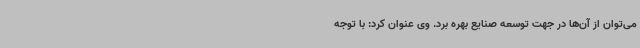
می‌توان از آن‌ها در جهت توسعه صنایع بهره برد. وی عنوان کرد: با توجه